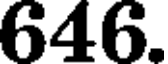
646.